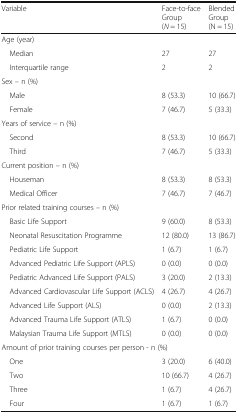
| Variable | Face-to-face Group(N = 15) | Blended Group(N = 15) |
 | --- | --- | --- |
 | <COLSPAN=3> Age (year) |
 | Median | 27 | 27 |
 | Interquartile range | 2 | 2 |
 | <COLSPAN=3> Sex – n (%) |
 | Male | 8 (53.3) | 10 (66.7) |
 | Female | 7 (46.7) | 5 (33.3) |
 | <COLSPAN=3> Years of service – n (%) |
 | Second | 8 (53.3) | 10 (66.7) |
 | Third | 7 (46.7) | 5 (33.3) |
 | <COLSPAN=3> Current position – n (%) |
 | Houseman | 8 (53.3) | 8 (53.3) |
 | Medical Officer | 7 (46.7) | 7 (46.7) |
 | <COLSPAN=3> Prior related training courses – n (%) |
 | Basic Life Support | 9 (60.0) | 8 (53.3) |
 | Neonatal Resuscitation Programme | 12 (80.0) | 13 (86.7) |
 | Pediatric Life Support | 1 (6.7) | 1 (6.7) |
 | Advanced Pediatric Life Support (APLS) | 0 (0.0) | 0 (0.0) |
 | Pediatric Advanced Life Support (PALS) | 3 (20.0) | 2 (13.3) |
 | Advanced Cardiovascular Life Support (ACLS) | 4 (26.7) | 4 (26.7) |
 | Advanced Life Support (ALS) | 0 (0.0) | 2 (13.3) |
 | Advanced Trauma Life Support (ATLS) | 1 (6.7) | 0 (0.0) |
 | Malaysian Trauma Life Support (MTLS) | 0 (0.0) | 0 (0.0) |
 | <COLSPAN=3> Amount of prior training courses per person - n (%) |
 | One | 3 (20.0) | 6 (40.0) |
 | Two | 10 (66.7) | 4 (26.7) |
 | Three | 1 (6.7) | 4 (26.7) |
 | Four | 1 (6.7) | 1 (6.7) |